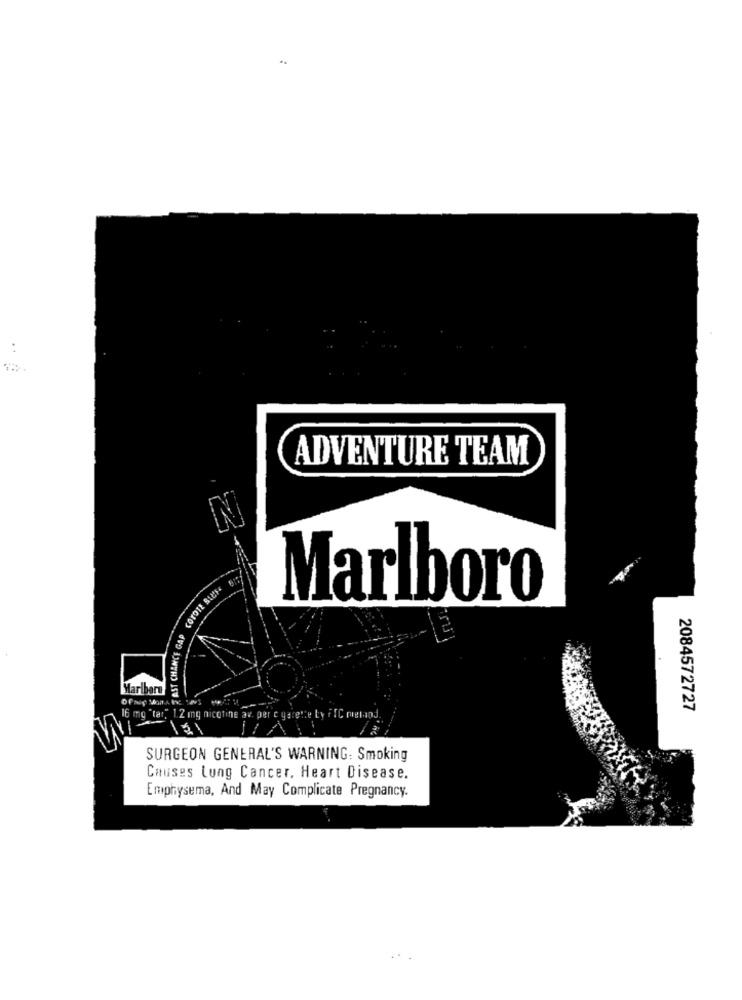
..
ADVENTURE TEAM
IN
Marlboro
F AST CHANCE GAP
2084572727
" 1.2 mg nicotine av. per c garette Ly FTC metaod.
SURGEON GENERAL'S WARNING: Smoking
Causes Lung Cancer, Heart Disease.
Emphysema, And May Complicate Pregnancy.